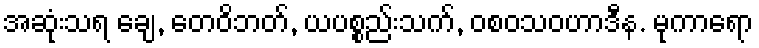
အဆုံးသရ ချေ, တေဝိဘတ်, ယပစ္စည်းသက်, ဝစဝသဝဟာဒီန. မုကာရော